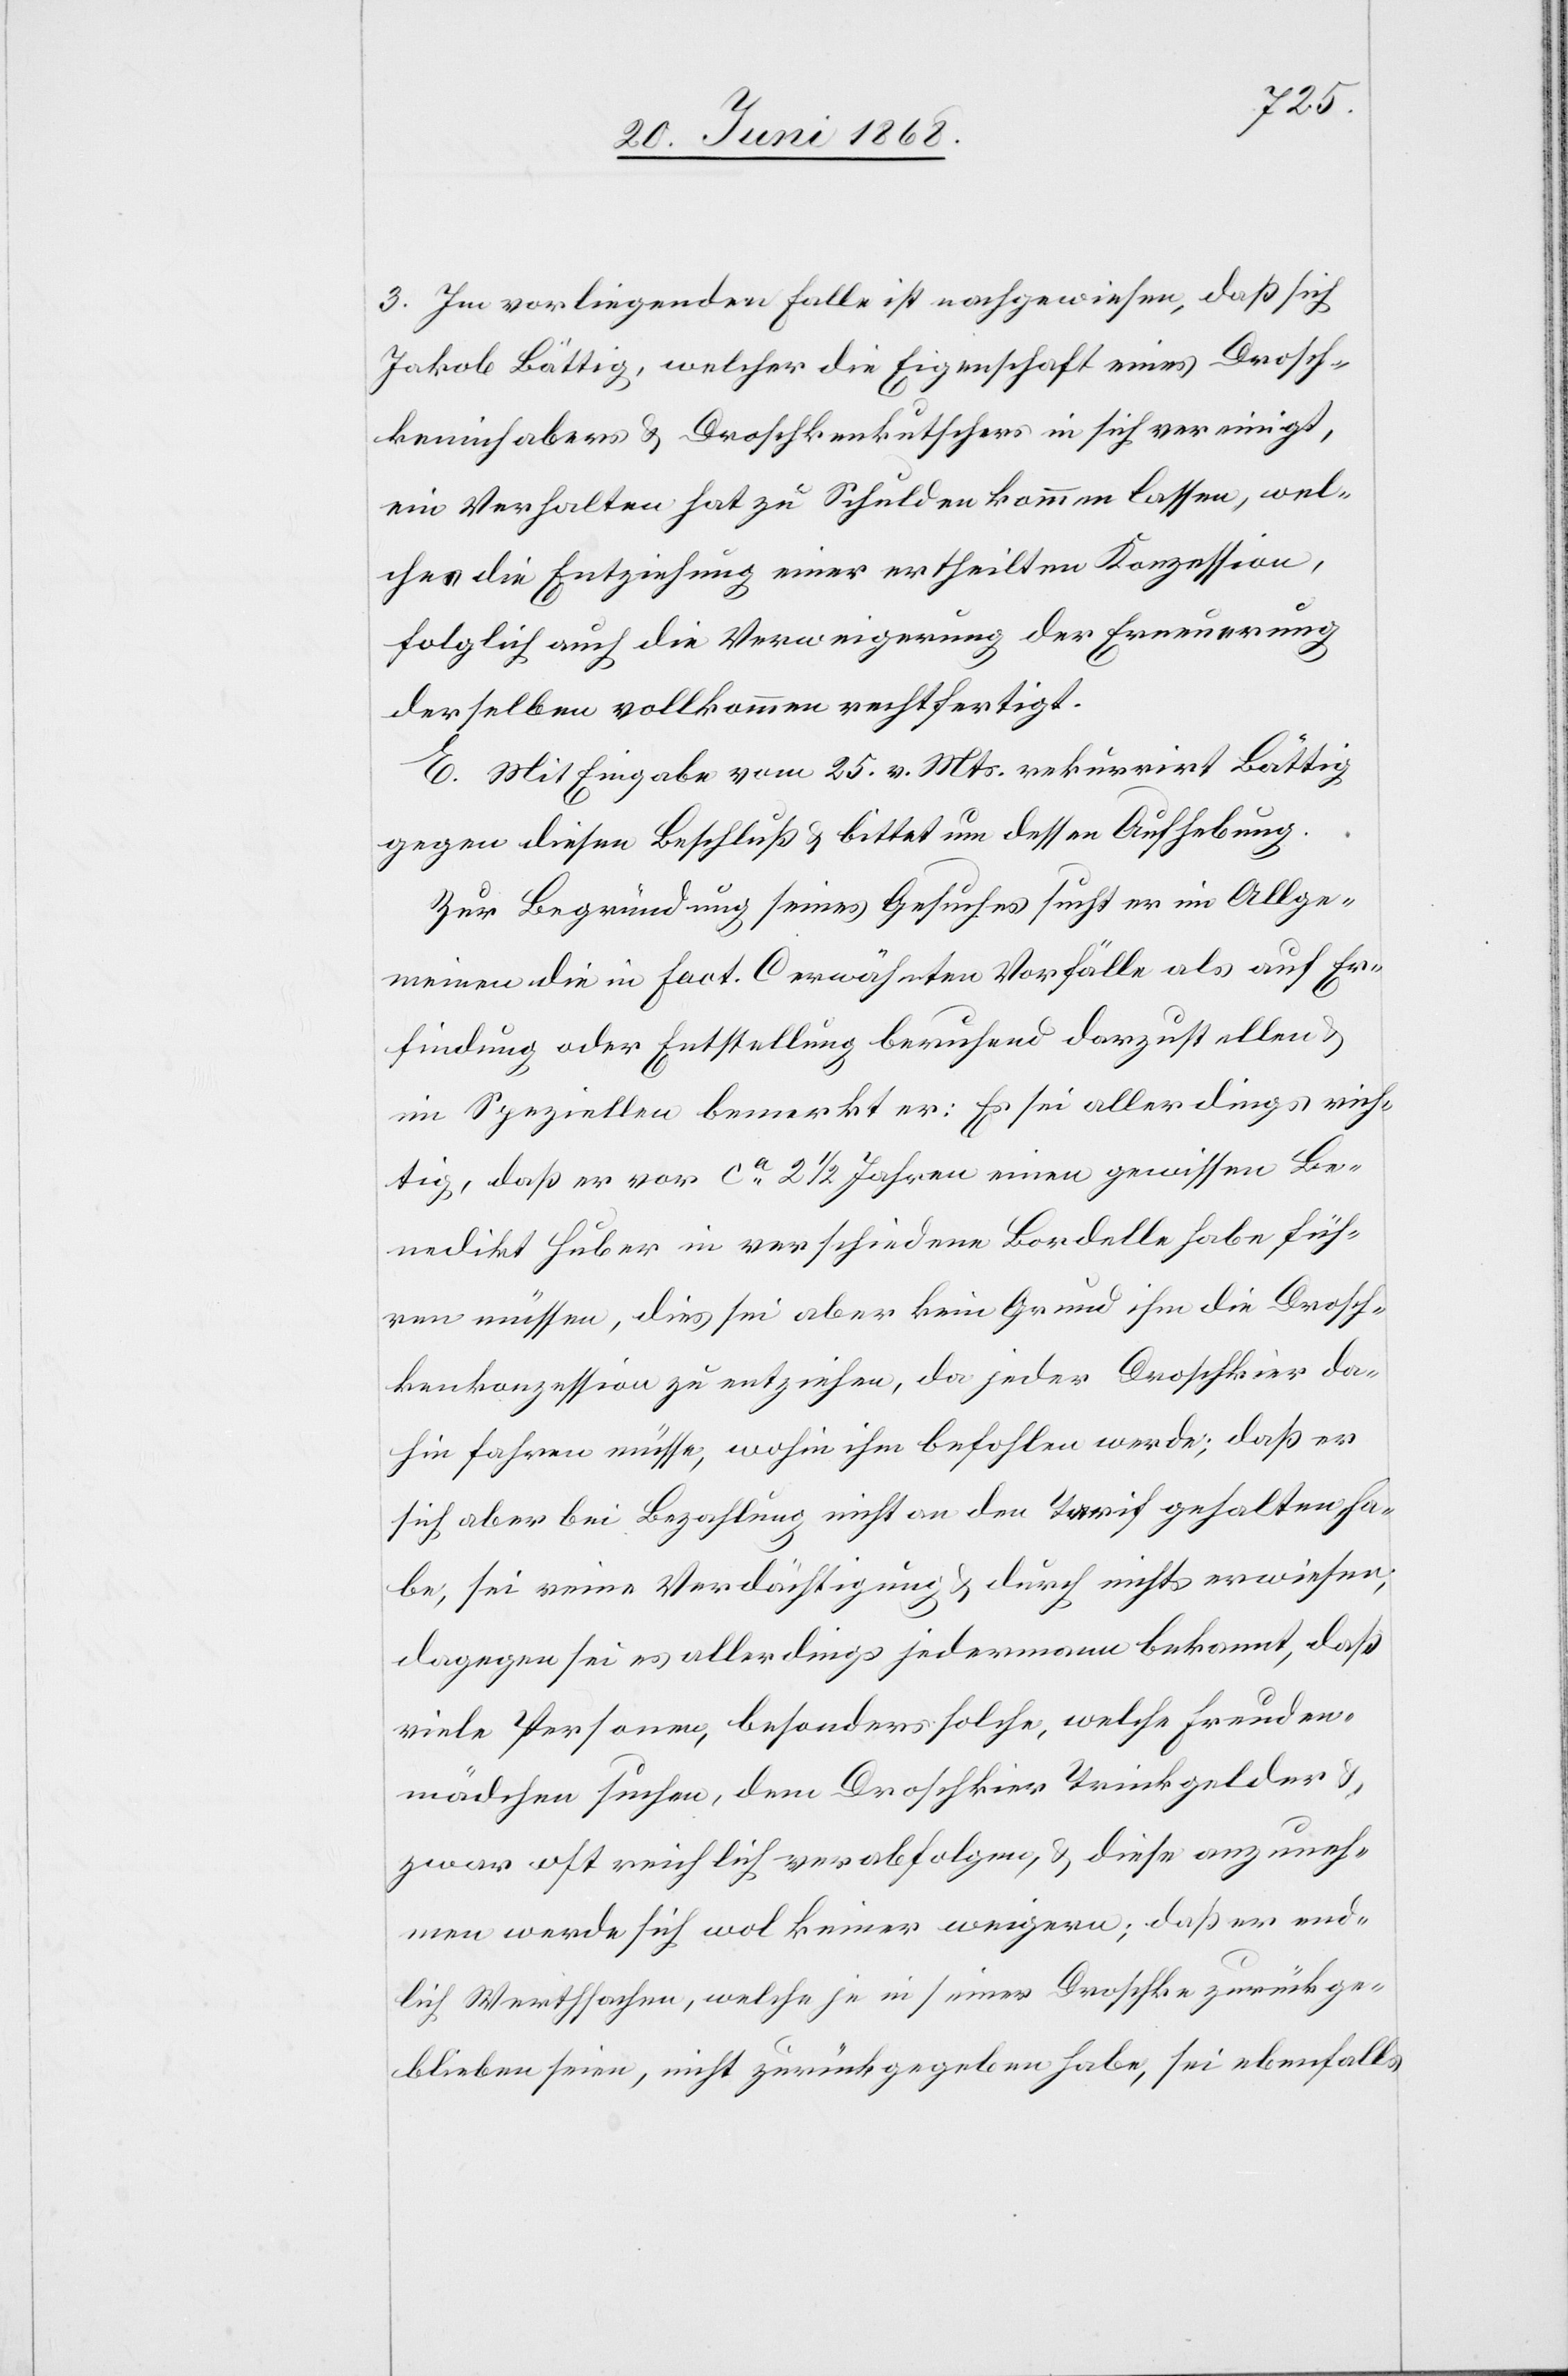
3. Im vorliegenden Falle ist nachgewiesen, daß sich
Jakob Bättig, welcher die Eigenschaft eines Drosch¬
keninhabers & Droschkenkutschers in sich vereinigt,
ein Verhalten hat zu Schulden kommen lassen, wel¬
ches die Entziehung einer ertheilten Konzession,
folglich auch die Verweigerung der Erneuerung
derselben vollkommen rechtfertigt.
E. Mit Eingabe vom 25. v. Mts. rekurrirt Bättig
gegen diesen Beschluß & bittet um dessen Aufhebung.
Zur Begründung seines Gesuches sucht er im Allge¬
meinen die in Fact. C erwähnten Vorfälle als auf Er¬
findung oder Entstellung beruhend darzustellen
im Speziellen bemerkt er: Es sei allerdings rich¬
tig, daß er vor ca. 2 1/2 Jahren einen gewissen Be¬
nedikt Huber in verschiedene Bordelle habe füh¬
ren müssen, dies sei aber kein Grund ihm die Drosch¬
kenkonzession zu entziehen, da jeder Droschkier da¬
hin fahren müsse, wohin ihm befohlen werde; daß er
sich aber bei Bezahlung nicht an den Tarif gehalten ha¬
be, sei reine Verdächtigung & durch nichts erwiesen;
dagegen sei es allerdings jedermann bekannt, daß
viele Personen, besonders solche, welche Freuden¬
mädchen suchen, dem Droschkier Trinkgelder &
zwar oft reichlich verabfolgen, & diese anzuneh¬
men werde sich wol keiner weigern; daß er end¬
lich Werthsachen, welche je in seiner Droschke zurückge¬
blieben seien, nicht zurückgegeben habe, sei ebenfalls